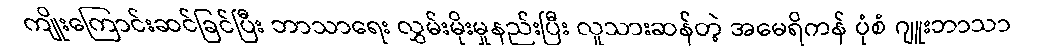
ကျိုးကြောင်းဆင်ခြင်ပြီး ဘာသာရေး လွှမ်းမိုးမှုနည်းပြီး လူသားဆန်တဲ့ အမေရိကန် ပုံစံ ဂျူးဘာသာ